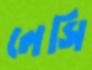
লেসি